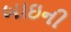
બાઇની